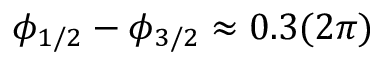
\phi _ { 1 / 2 } - \phi _ { 3 / 2 } \approx 0 . 3 ( 2 \pi )